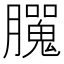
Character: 𦢮